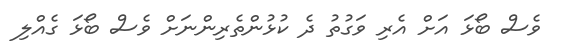
ވެސް ބޯޅަ އަށް އެރި ވަގުތު ދެ ކުޅުންތެރިންނަށް ވެސް ބޯޅަ ގެއްލި